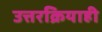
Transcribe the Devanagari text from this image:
उत्तरक्रियाही